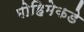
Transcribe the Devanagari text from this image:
मोहिमेकडे